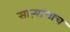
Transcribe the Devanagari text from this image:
साऱ्यांचाच